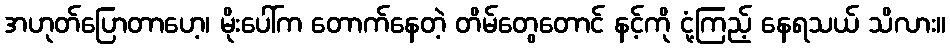
အဟုတ်ပြောတာဟေ့၊ မိုးပေါ်က တောက်နေတဲ့ တိမ်တွေတောင် နင့်ကို ငုံ့ကြည့် နေရသယ် သိလား။